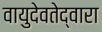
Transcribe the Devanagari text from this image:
वायुदेवतेद्वारा